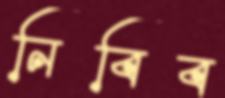
নিবিব